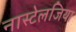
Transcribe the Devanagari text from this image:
नास्टेलजिया